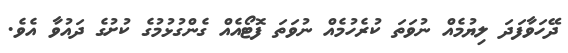
ދޭހަވާފަދަ ލިޔުމެއް ނުވަތަ ކުރެހުމެއް ނުވަތަ ފޮޓޯއެއް ގެންގުޅުމުގެ ކުށުގެ ދައުވާ އެވެ.